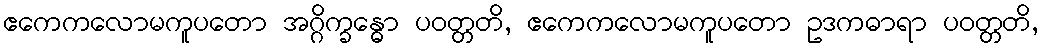
ဧကေကလောမကူပတော အဂ္ဂိက္ခန္ဓော ပဝတ္တတိ, ဧကေကလောမကူပတော ဥဒကဓာရာ ပဝတ္တတိ,